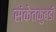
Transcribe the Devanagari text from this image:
संकेतकुबडी